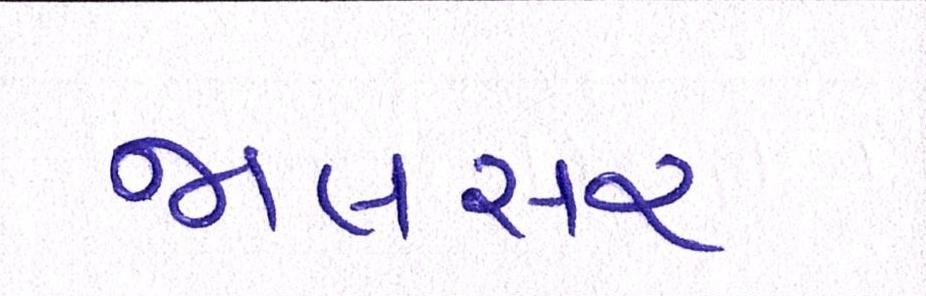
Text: જાલસર